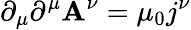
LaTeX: \partial_{\mu}\partial^{\mu}\mathbf{A}^{\nu}=\mu_{0}j^{\nu}